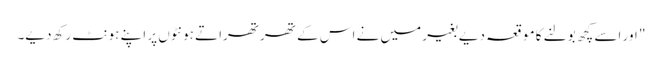
" اور اسے کچھ بولنے کا موقعہ دیے بغیر میں نے اس کے تھرتھراتے ہونٹوں پر اپنے ہونٹ رکھ دیے۔